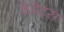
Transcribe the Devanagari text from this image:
वेडेट्स